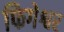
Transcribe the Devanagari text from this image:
फिगेश्वर